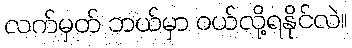
လက်မှတ် ဘယ်မှာ ဝယ်လို့ရနိုင်လဲ။